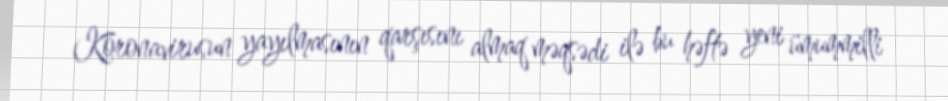
Koronavirusun yayılmasının qarşısını almaq məqsədi ilə bu həftə yeni ümummilli